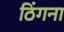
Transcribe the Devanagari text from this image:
ठिंगना